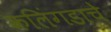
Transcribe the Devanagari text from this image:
कलिंगडाचे